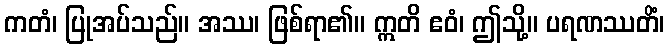
ကတံ၊ ပြုအပ်သည်။ အဿ၊ ဖြစ်ရာ၏။ ဣတိ ဧဝံ၊ ဤသို့။ ပရဏဿတိံ၊